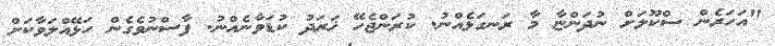
"އަހަރެން ސްކޫލަށް ނުދަންޏާ މާ ރަނގަޅެއްނު. ކުރަންޖެހޭ ޚަރަދު ކުޑަވާނެއްނު. ފާސްނުވެގެން ހަޅޭއްލަވާކަށް